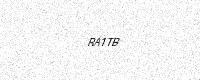
Text: RA1TB